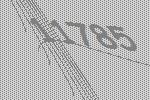
11785